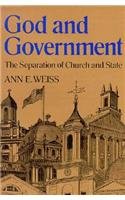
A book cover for God and Government: The Separation of Church and State; Ann E. Weiss; Children's Books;